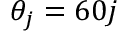
\theta _ { j } = 6 0 j